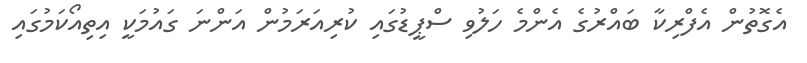
އެގޮތުން އެފްރިކާ ބައްރުގެ އެންމެ ހަލުވި ސްޕީޑުގައި ކުރިއަރަމުން އަންނަ ގައުމަކީ އިތިއޯކަމުގައި